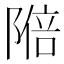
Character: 𬯑